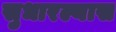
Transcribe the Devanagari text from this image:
सुधारल्यास